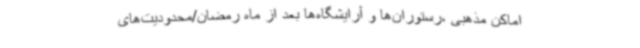
اماکن مذهبی ،رستوران‌ها و آرایشگاه‌ها بعد از ماه رمضان/محدودیت‌های